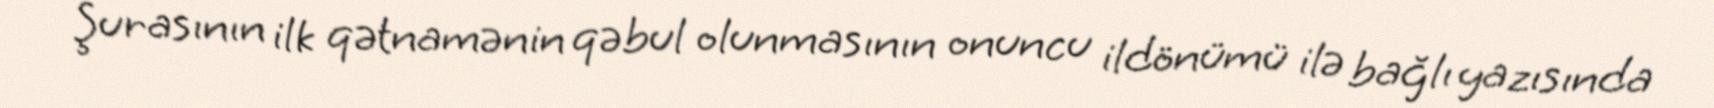
Şurasının ilk qətnamənin qəbul olunmasının onuncu ildönümü ilə bağlı yazısında